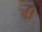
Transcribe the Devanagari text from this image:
डी़